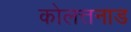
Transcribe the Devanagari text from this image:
कोलत्तनाड